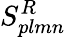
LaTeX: S_{plmn}^{R}